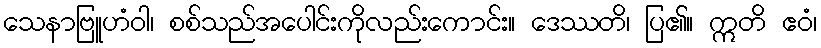
သေနာဗြူဟံဝါ၊ စစ်သည်အပေါင်းကိုလည်းကောင်း။ ဒေဿတိ၊ ပြ၏။ ဣတိ ဧဝံ၊